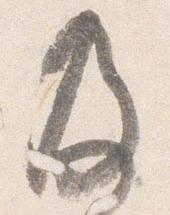
及